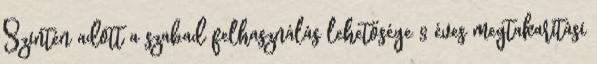
Szintén adott a szabad felhasználás lehetősége 8 éves megtakarítási